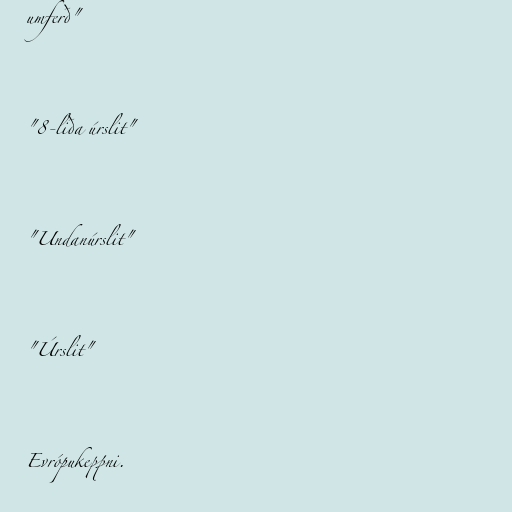
umferð"

"8-liða úrslit"

"Undanúrslit"

"Úrslit"

Evrópukeppni.